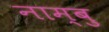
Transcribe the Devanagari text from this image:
नाम्बु